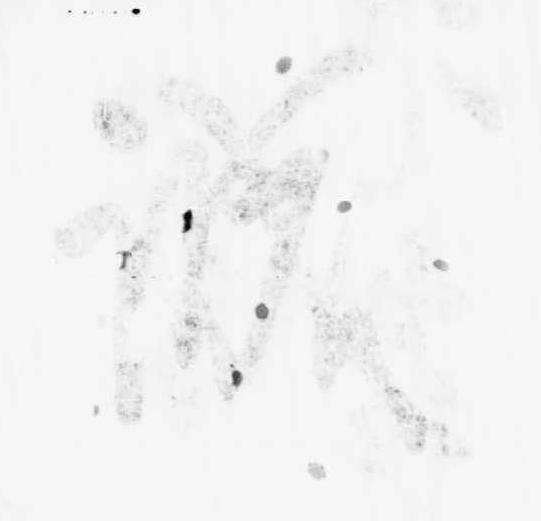
誠